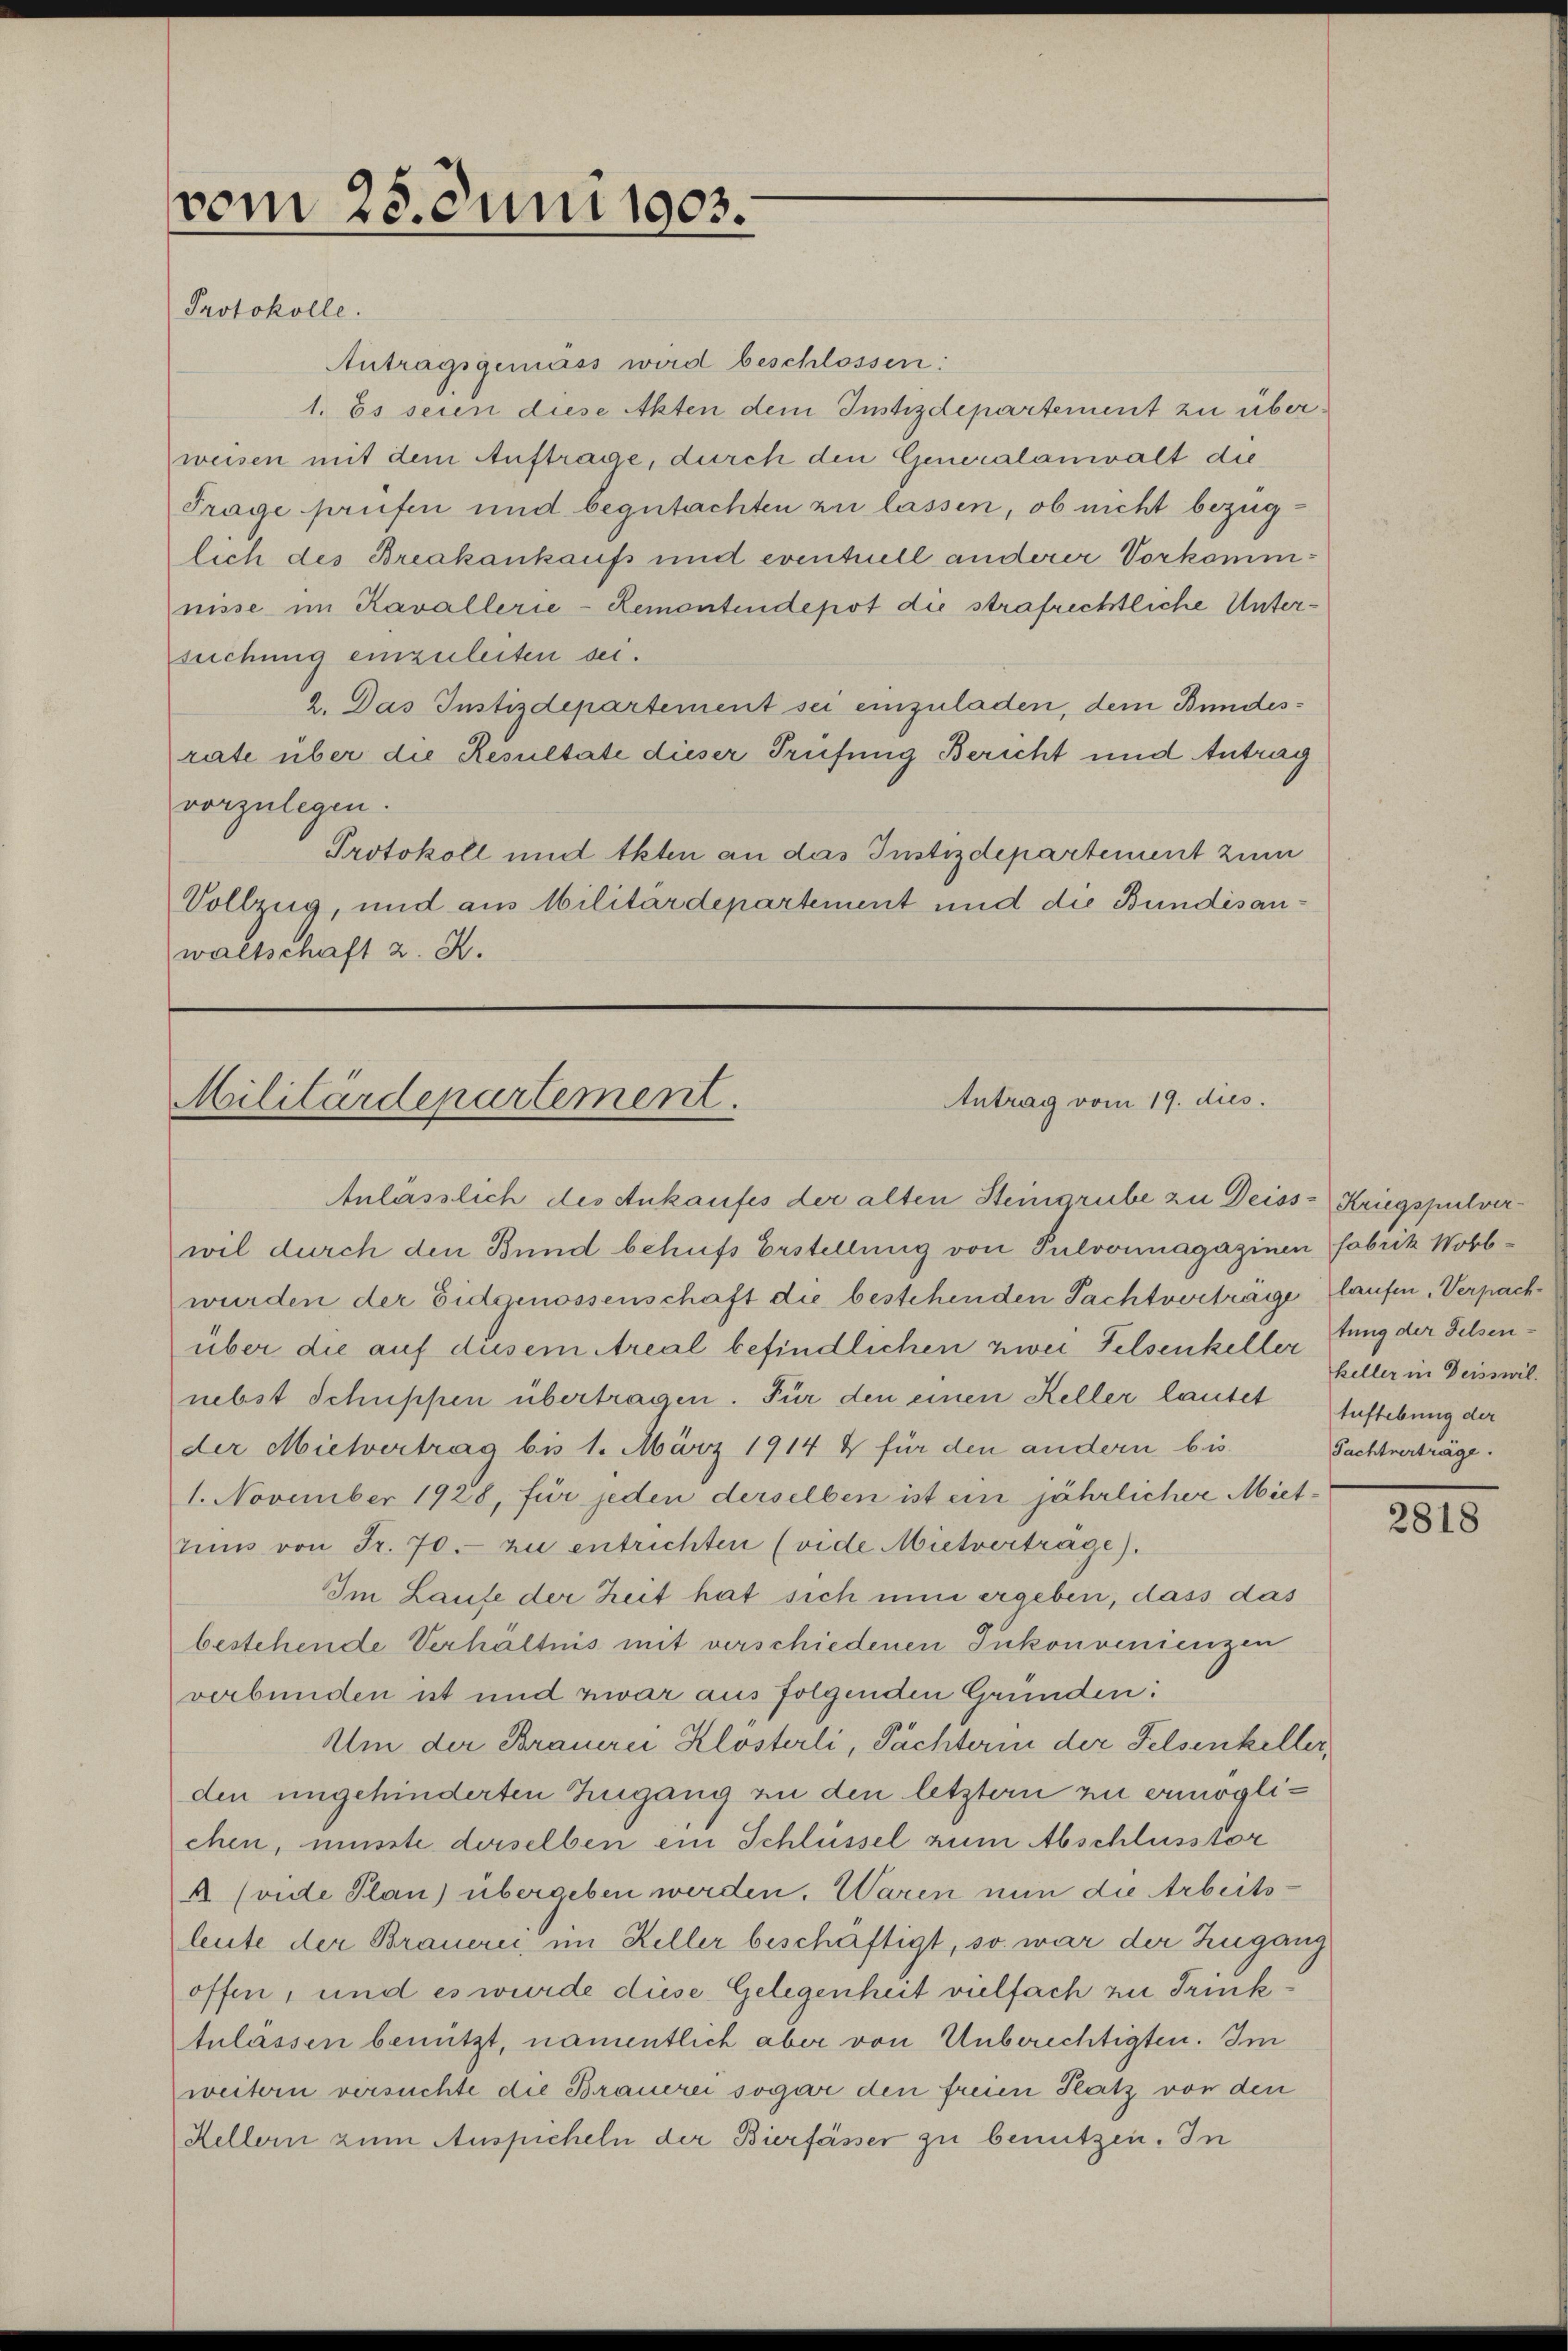
Protokolle.
Antragsgemäss wird beschlossen:
1. Es seien diese Akten dem Justizdepartement zu überweisen mit dem Auftrage, durch den Generalanwalt die
Frage prüfen und begutachten zu lassen, ob nicht bezuglich des Breakankaufs und eventuell anderer Vorkommnisse im Kavallerie-Remontendepot die strafrechtliche Untersuchung einzuleiten sei.
2. Das Justizdepartement sei einzuladen, dem Bundesrate über die Resultate dieser Prüfung Bericht und Antrag
vorzulegen.
Protokoll und Akten an das Justizdepartement zum
Vollzug, und aus Militärdepartement und die Bundisanwaltschaft z. B.

vom 25. Juni 1903.

Antrag vom 19. dies.
Militärdepartement.

Anlässlich des Ankaufes der alten Steingrube zu Deiss Kriegspulverwil durch den Bund behufs Erstellung von Pulvonmagazinen Fabrik Worbwurden der Eidgenossenschaft die bestehenden Pachtverträge laufen, Verpachüber die auf diesem Areal befindlichen zwei Felsenkeller tung der Felsennebst Schuppen übertragen. Für den einen Keller lautet Anstebung der
der Mietvertrag bis 1. März 1914 & für den andern bis
1. November 1928, für jeden derselben ist ein jährlicher Mietrŭm von Fr. 70. zu entrichten (vide Mietverträge).
Im Laufe der Zeit hat sich nun ergeben, dass das
bestehende Verhältnis mit verschiedenen Inkonvenienzen
verbunden ist und zwar aus folgenden Gründen:
Am der Brauerer Klosterli, Pächterin der Felsenkeller,
den ungehinderten Zugang zu den letztern zu ermöglichen, müsste derselben ein Schlüssel zum Abschlusstor
A vide Plan) übergeben werden. Waren nun die Arbeitsleute der Brauerei im Keller beschäftigt, so war der Zugang
offen, und es wurde diese Gelegenheit vielfach zu Trinktulässen benützt, namentlich aber von Unberechtigten. Im
weitern versuchte die Brauerei sogar den freien Platz von den
Hellern zum Auspicheln der Bierfässer zu benutzen. In

keller in Deisswil.
Pachtverträge.

2818